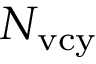
N _ { \mathrm { v c y } }